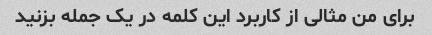
برای من مثالی از کاربرد این کلمه در یک جمله بزنید